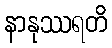
နာနုဿရတိ